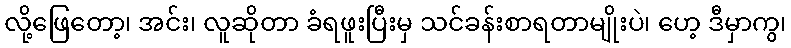
လို့ဖြေတော့၊ အင်း၊ လူဆိုတာ ခံရဖူးပြီးမှ သင်ခန်းစာရတာမျိုးပဲ၊ ဟေ့ ဒီမှာကွ၊